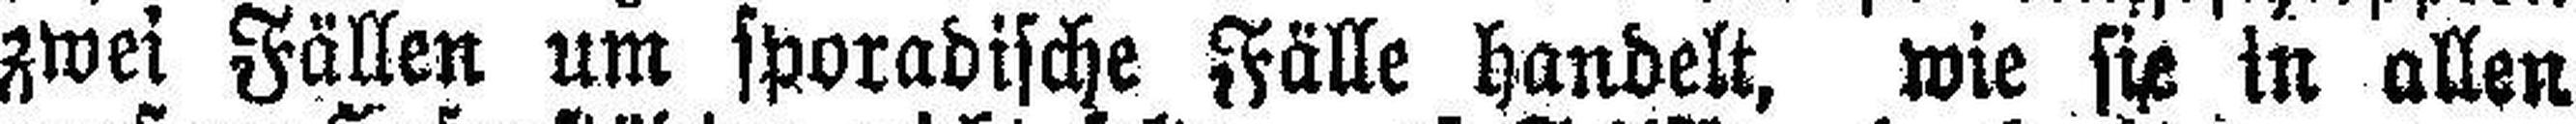
zwei Fällen um sporadische Fälle handelt, wie sie in allen